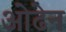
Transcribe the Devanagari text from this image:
ओढेन